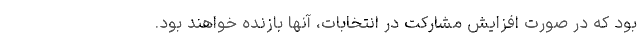
بود که در صورت افزایش مشارکت در انتخابات، آنها بازنده خواهند بود.